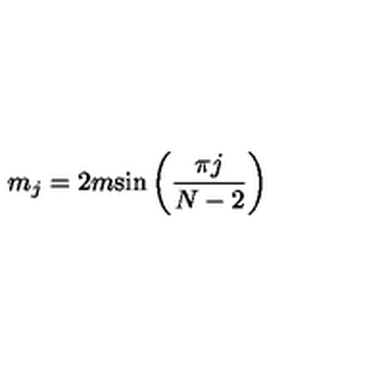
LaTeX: m _ { j } = 2 m { \sin \left( \frac { \pi j } { N - 2 } \right) }